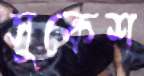
সুকেশ